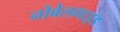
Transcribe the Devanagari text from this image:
नोबेलगाइड